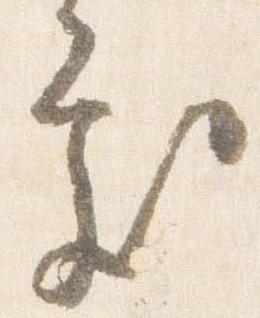
処